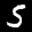
Label: 5